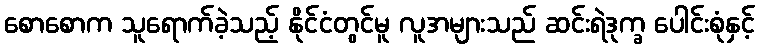
စောစောက သူရောက်ခဲ့သည့် နိုင်ငံတွင်မူ လူအများသည် ဆင်းရဲဒုက္ခ ပေါင်းစုံနှင့်